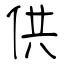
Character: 供